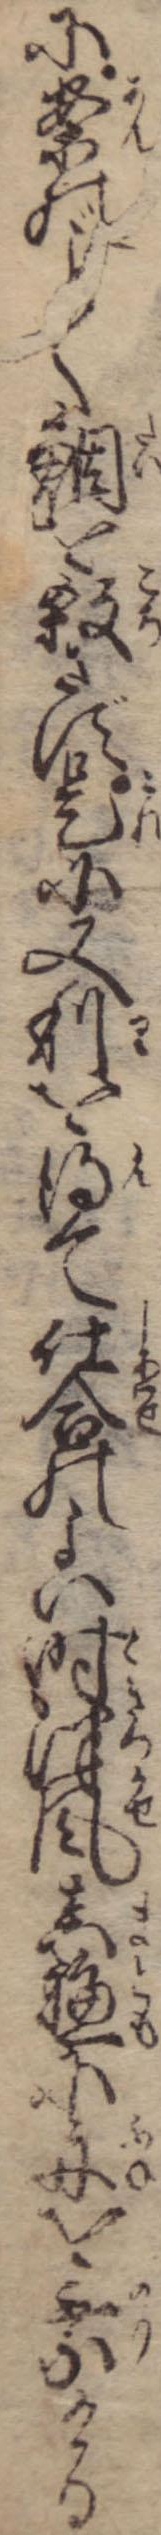
に案のく鯛を殺さず是に又利を得て仕合のよい時津風真艫に舟を乗ける